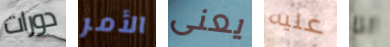
دورات الأمر يعنى عليه انا